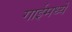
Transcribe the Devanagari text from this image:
गाईमध्यें